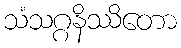
သံသဂ္ဂနိဿိတော